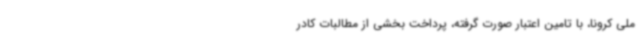
ملی کرونا، با تامین اعتبار صورت ‌گرفته، پرداخت بخشی از مطالبات کادر